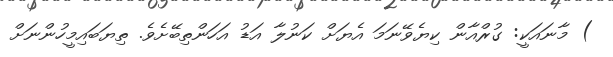
) މާނައަކީ: ގުރްއާން ކިޔެވޭނަމަ އެޔަށް ކަނުލާ އަޑު އަހަންތިބޭށެވެ. ތިޔަބައިމީހުންނަށް